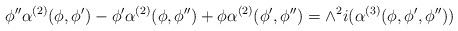
LaTeX: \begin{align*}\phi''\alpha^{(2)}(\phi,\phi') -\phi'\alpha^{(2)}(\phi,\phi'')+ \phi\alpha^{(2)}(\phi',\phi'') = \wedge^2 i (\alpha^{(3)}(\phi,\phi', \phi'') )\end{align*}